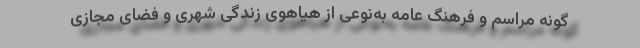
گونه مراسم و فرهنگ عامه به‌نوعی از هیاهوی زندگی شهری و فضای مجازی